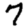
Digit: 7